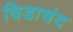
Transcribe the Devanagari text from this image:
चिडाचंद